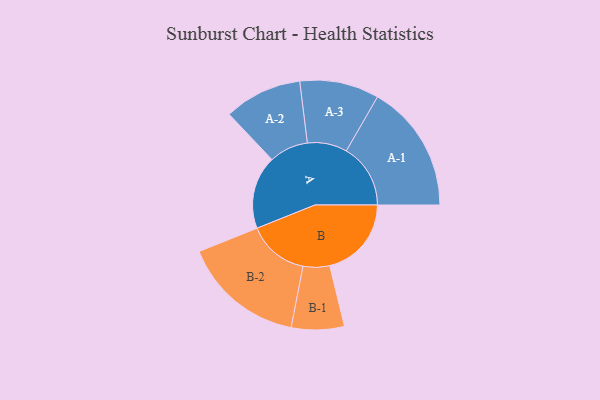
{"axis": {"x": "Segment", "y": "Value"}, "legend": ["", "A", "B"], "data": [{"x": "A", "y": 310, "type": ""}, {"x": "B", "y": 346, "type": ""}, {"x": "A-1", "y": 272, "type": "A"}, {"x": "A-2", "y": 165, "type": "A"}, {"x": "A-3", "y": 168, "type": "A"}, {"x": "B-1", "y": 112, "type": "B"}, {"x": "B-2", "y": 259, "type": "B"}]}